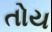
તોય